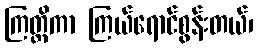
ကြတ္တိကာ ကြယ်ရောင်စွန်းတယ်၊